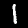
Digit: 1